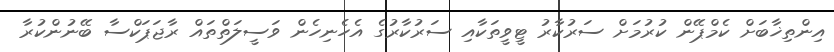
އިންތިޚާބަށް ކެމްޕޭން ކުރުމަށް ސަރުކާރު ޓީވީތަކާއި ސަރުކާރުގެ އެހެނިހެން ވަސީލަތްތައް ރާޖަޕަކްސާ ބޭނުންކުރާ